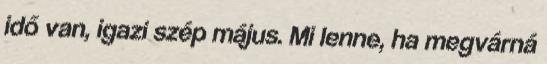
idő van, igazi szép május. Mi lenne, ha megvárná